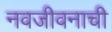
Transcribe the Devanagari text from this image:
नवजीवनाची